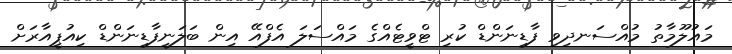
މައުލޫމާތު މުއްސަނދިވި ފާޑިނަންޑް ކުރި ޓްވީޓެއްގެ މައްސަލަ އެފްއޭ އިން ބަލަނީފާޑިނަންޑް ކިއުޕީއާރަށް